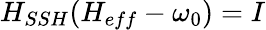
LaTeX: H_{SSH}(H_{eff}-\omega_{0})=I